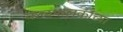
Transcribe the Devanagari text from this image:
कळफलकाच्या